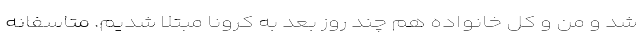
شد و من و کل خانواده هم چند روز بعد به کرونا مبتلا شدیم. متاسفانه